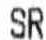
SR